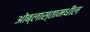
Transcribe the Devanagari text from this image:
ओब्लास्तामधील